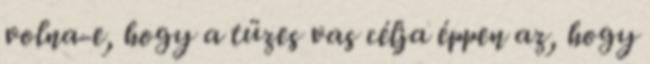
volna-e, hogy a tüzes vas célja éppen az, hogy